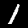
Label: 1